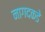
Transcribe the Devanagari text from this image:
नागदकडे